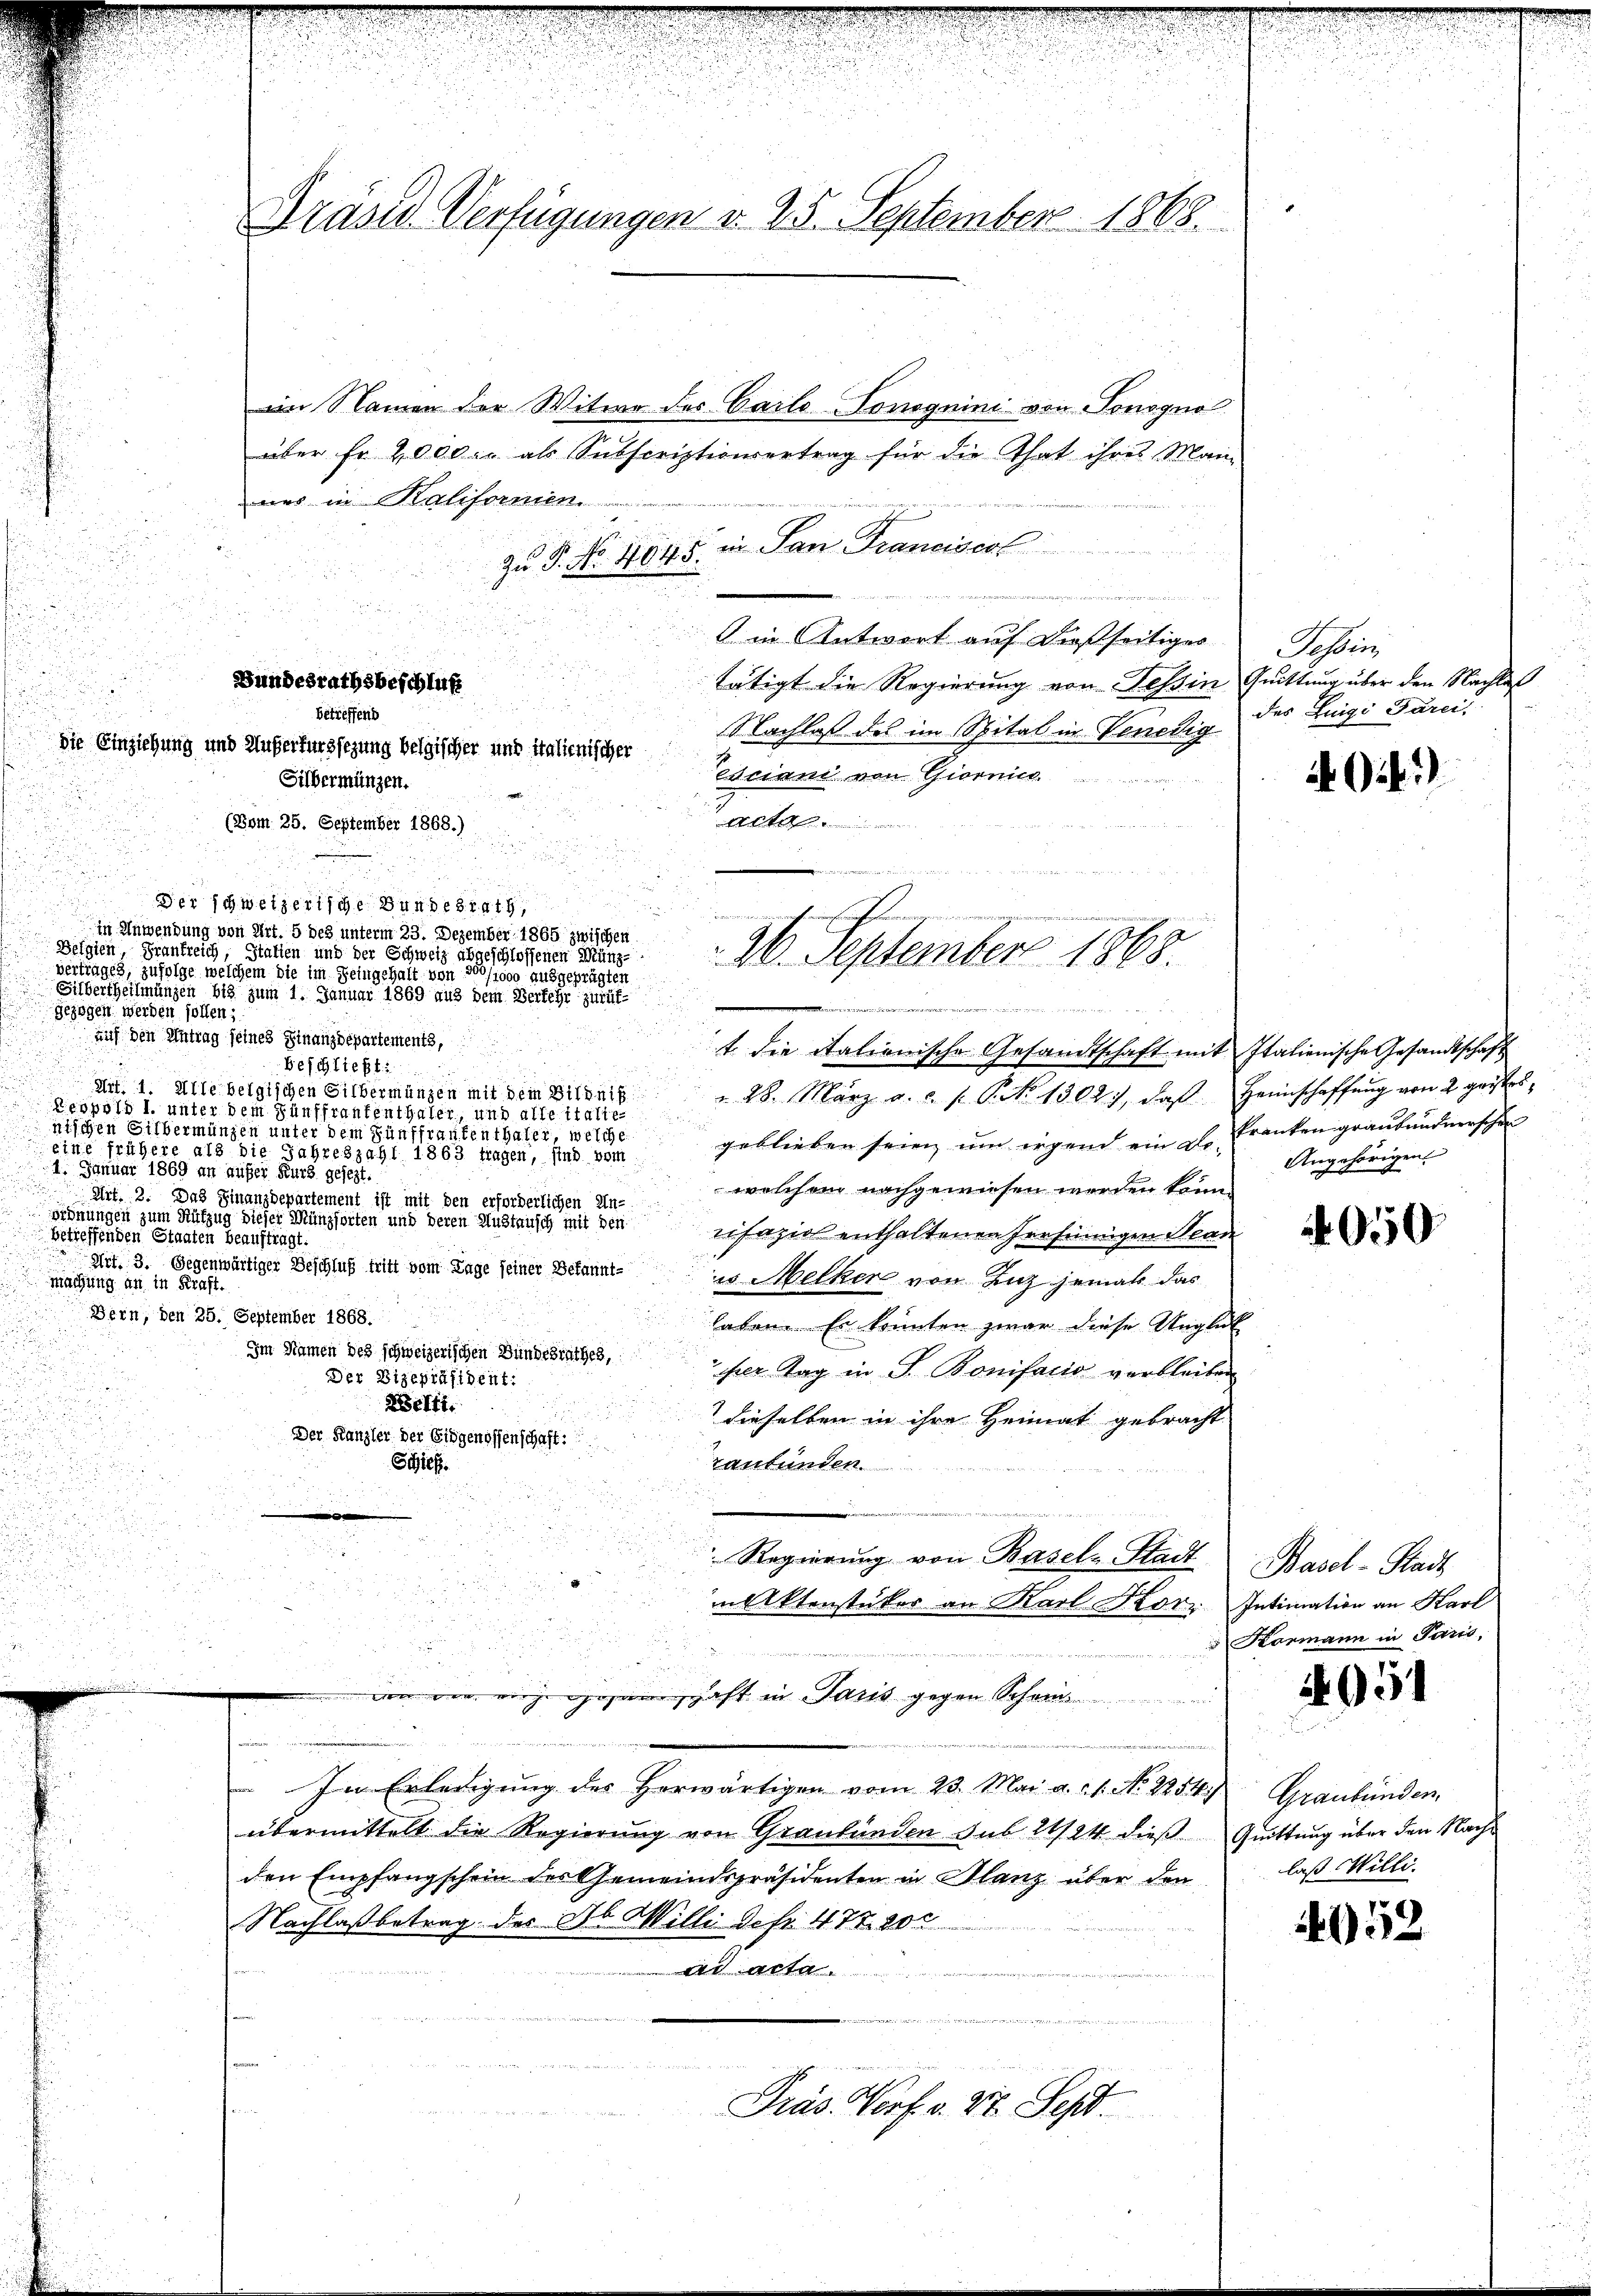
n
ues in Kaliformen
23
in San Franciserl
zu P. No. 4645.
.
n
in Antwort auf dießseitiger
tätigt die Regierung von Tessin
betreffenb
Nachlaß des im Spital in Venedig
die Einziehung und Außerturssezung belgischer und italienischer
esciani von Giornich
Silbermünzen.
A
(Bom 25. September 1868.)
u
a
n

Der schweizerische Bundesrath,
in Anwendung von Art. 5 des unterm 23. Dezember 1865 zwischen
Belgien, Frankreich, Italien und der Schweiz abgeschlossenen Münze
vertrages, zufolge welchem die im Feingehalt von 500/1000 ausgeprügten
Silbertheilmünzen bis zum 1. Januar 1869 aus dem Verfehr zurüf-
gezogen werden sollen;
auf den Antrag seines Finanzdepartements,
Beschließt:
Art. 1. Alle belgischen Silbermünzen mit dem Bildnis
Leopold I. unter dem Fünffrantenthaler, und alle italte
nischen Silbermünzen unter dem Fünffrankenthaler, welche
geblieben seien um irgend ein gl. Franten graubündnerschen
eine frühere als die Jahreszahl 1863 tragen, sind som
1. Januar 1869 an aufer Kurs gesezt.
welchem nachgewiesen werden könn
Art. 2. Das Finanzdepartement ist mit den erforderlichen Un-
ordnungen zum Hüfzug dieser Münzsorten und deren Austausch mit den
nifazial enthaltenen Fresinngen Bean
betreffenden Staaten beauftragt.
Art. 3. Gegenwärtiger Beschluß tritt vom Tage seiner Bekannt-
us Melken von Zuz jemals das
machung an in Kraft.
Bern, den 25. September 1868.
laten. Er konnten zwar diese Ungle
Im Namen des schweizerischen Bundesrathes,
sher Tag in P. Bonifacio verbleiben
Der Vizepräsident:
Zefft.
u
dieselben in ihre Heimat gebracht

Der Kanzler der Eidgenossenschaft:
raubünden.
Schief

n
.
Regierung von Basel-Stadt
e
2

in Aktenstücker an Karl Kor
a
nung der
von der nirge gegenschaft in Paris gegen Schwein
In Erledigung des herwärtigen vom 23. Mai a.c. s. No. 2854)
übermittelt die Regierung von Graubünden sub 21/24 dieß
den Empfangschein des Gemeindspräsidenten in Glanz über den
Nachlaßbetrag des Ab. Milli sehr 47820
.

r
Präs. Vorf. v. 27. Sept.

Präses Verfügungen v. 25. September 1868.

Bundesrathsbeschluß

im Namen der Witwe der Carlo Tonoguini von Sonogno
über fr 2000 l. als Subscriptionsvertrag für die That ihres Main

e

nurch eine Einfreiung ein
 26. September 1868.
 neinanderten ein wir innereigen

t die italienische Gesandtschaft mit Italienische Gesandtschaft
 28. März a. a. p. P. Nr. 1302), daβ Heimschaffŭng von 2 geistes

Tessin,
Quittung über den Nachlaß
des Luigi Pärci,

2i)

Angehörigen.

050

Basel-Stadt
Intimation an Karl
Karmann in Paris,

4051

Graubünden.
Quittung über den Nachlaß Willi¬

4952